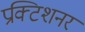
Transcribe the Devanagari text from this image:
प्रक्टिशनर